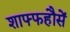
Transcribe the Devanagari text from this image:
शाफ्फहौसें